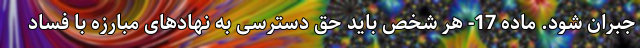
جبران شود. ماده 17- هر شخص باید حق دسترسی به نهادهای مبارزه با فساد